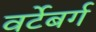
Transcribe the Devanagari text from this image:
वर्टेबर्ग